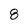
Character: 8